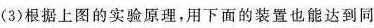
(3)根据上图的实验原理，用下面的装置也能达到同